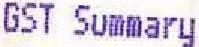
GST SUMMARY